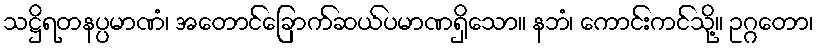
သဋ္ဌိရတနပ္ပမာဏံ၊ အတောင်ခြောက်ဆယ်ပမာဏရှိသော။ နဘံ၊ ကောင်းကင်သို့။ ဥဂ္ဂတော၊